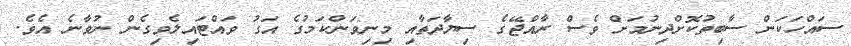
ސައްހަކަން ސާބިތުކޮށްދިނުމަށް ވެސް ރާއްޖޭގެ ސިޔާދަތާއި މިނިވަންކަމުގެ އަގު ވައްޓައިލެވިގެން ނުވާނެ އެވެ.